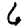
Digit: 6